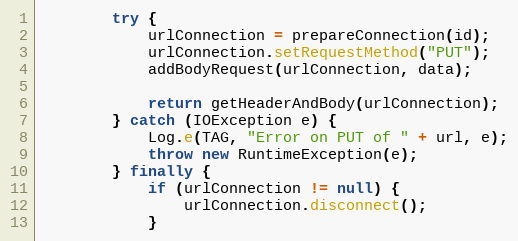
Language: Java
        try {
            urlConnection = prepareConnection(id);
            urlConnection.setRequestMethod("PUT");
            addBodyRequest(urlConnection, data);

            return getHeaderAndBody(urlConnection);
        } catch (IOException e) {
            Log.e(TAG, "Error on PUT of " + url, e);
            throw new RuntimeException(e);
        } finally {
            if (urlConnection != null) {
                urlConnection.disconnect();
            }